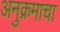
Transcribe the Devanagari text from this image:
अनुक्रमाचा